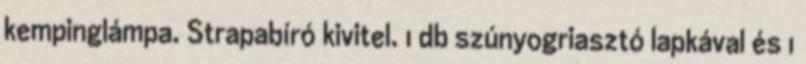
kempinglámpa. Strapabíró kivitel. 1 db szúnyogriasztó lapkával és 1